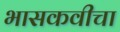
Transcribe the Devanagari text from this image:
भासकवीचा